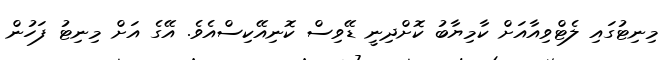
މިނިޓުގައި ލެޓްވިއާއަށް ކާމިޔާބު ކޮށްދިނީ ޑޭވިސް ކޮނިއޭކިސްއެވެ. އޭގެ އަށް މިނިޓު ފަހުން